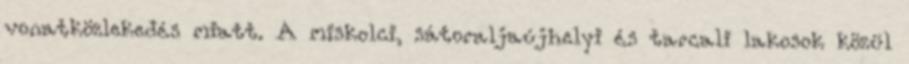
vonatközlekedés miatt. A miskolci, sátoraljaújhelyi és tarcali lakosok közül